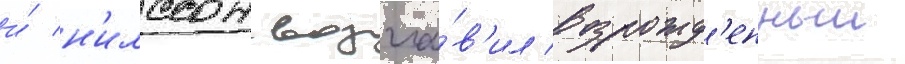
и́ н'илссон возгла́в'ил возрожд'енныи